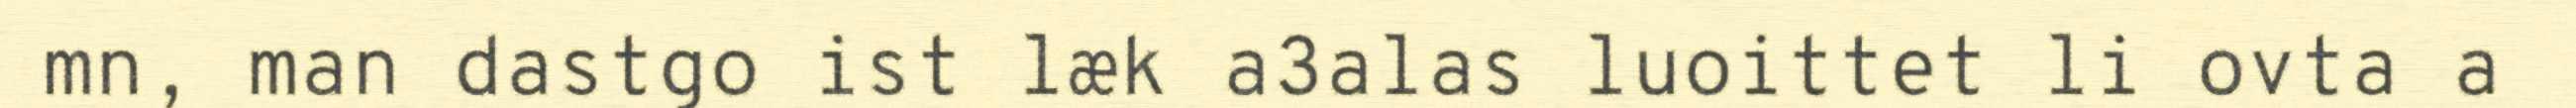
mn, man dastgo ist læk a3alas luoittet li ovta a